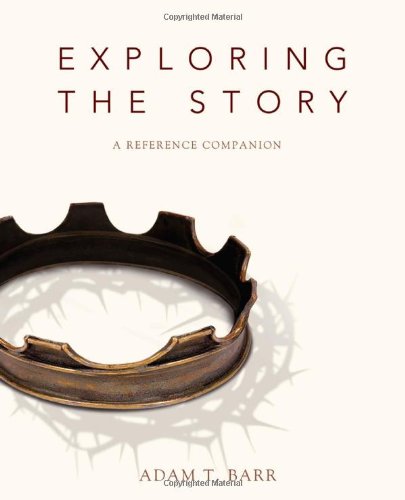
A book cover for Exploring the Story: A Reference Companion; Adam Barr; Christian Books & Bibles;